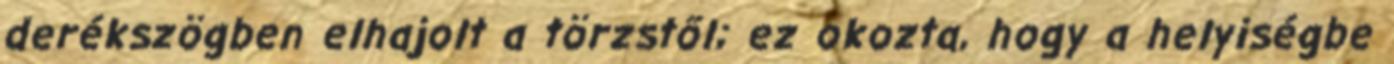
derékszögben elhajolt a törzstől; ez okozta, hogy a helyiségbe